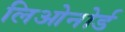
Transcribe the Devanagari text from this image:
लिओनोर्ड